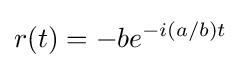
r(t)=-be^{-i(a/b)t}